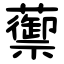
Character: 蘌